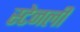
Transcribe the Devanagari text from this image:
स्‍टेनली